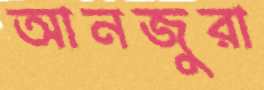
আনজুরা